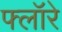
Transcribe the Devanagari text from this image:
फ्लॉरे